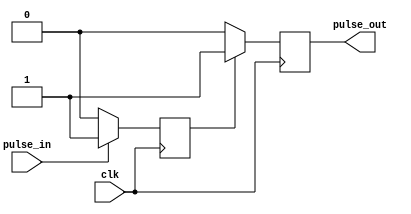
module PulseSynchronizer (
  input wire clk,
  input wire pulse_in,
  output reg pulse_out
);

reg sync_reg = 0;

always @(posedge clk) begin
  if (pulse_in == 1) begin
    sync_reg <= 1;
  end else begin
    sync_reg <= 0;
  end
end

always @(posedge clk) begin
  if (sync_reg == 1) begin
    pulse_out <= 1;
  end else begin
    pulse_out <= 0;
  end
end

endmodule